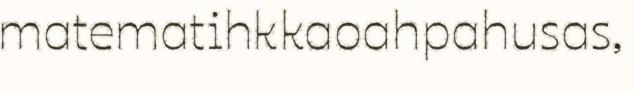
matematihkkaoahpahusas,